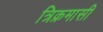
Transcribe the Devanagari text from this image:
त्रिक्रमासी